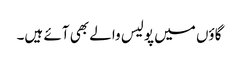
گاؤں میں پولیس والے بھی آئے ہیں۔